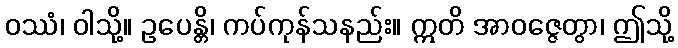
ဝဿံ၊ ဝါသို့။ ဥပေန္တိ၊ ကပ်ကုန်သနည်း။ ဣတိ အာဝဇ္ဇေတွာ၊ ဤသို့